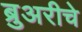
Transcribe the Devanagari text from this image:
ब्रुअरीचे